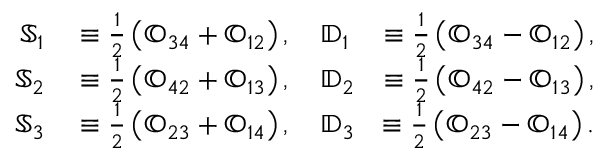
\begin{array} { r l r } { { \mathbb S } _ { 1 } } & { { } \equiv \frac { 1 } { 2 } \left( { \mathbb O } _ { 3 4 } + { \mathbb O } _ { 1 2 } \right) , \quad { \mathbb D } _ { 1 } } & { \equiv \frac { 1 } { 2 } \left( { \mathbb O } _ { 3 4 } - { \mathbb O } _ { 1 2 } \right) , } \\ { { \mathbb S } _ { 2 } } & { { } \equiv \frac { 1 } { 2 } \left( { \mathbb O } _ { 4 2 } + { \mathbb O } _ { 1 3 } \right) , \quad { \mathbb D } _ { 2 } } & { \equiv \frac { 1 } { 2 } \left( { \mathbb O } _ { 4 2 } - { \mathbb O } _ { 1 3 } \right) , } \\ { { \mathbb S } _ { 3 } } & { { } \equiv \frac { 1 } { 2 } \left( { \mathbb O } _ { 2 3 } + { \mathbb O } _ { 1 4 } \right) , \quad { \mathbb D } _ { 3 } } & { \equiv \frac { 1 } { 2 } \left( { \mathbb O } _ { 2 3 } - { \mathbb O } _ { 1 4 } \right) . } \end{array}